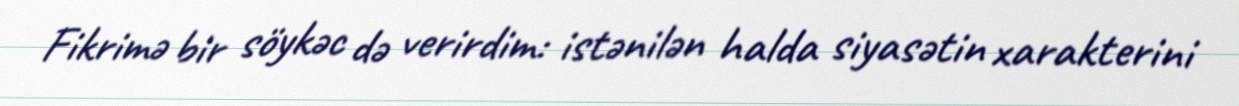
Fikrimə bir söykəc də verirdim: istənilən halda siyasətin xarakterini